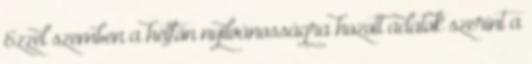
Ezzel szemben a hétfőn nyilvánosságra hozott adatok szerint a